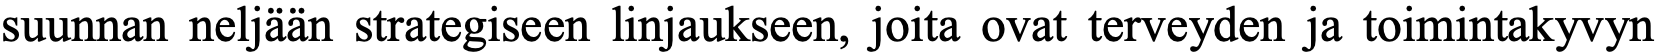
suunnan neljään strategiseen linjaukseen, joita ovat terveyden ja toimintakyvyn